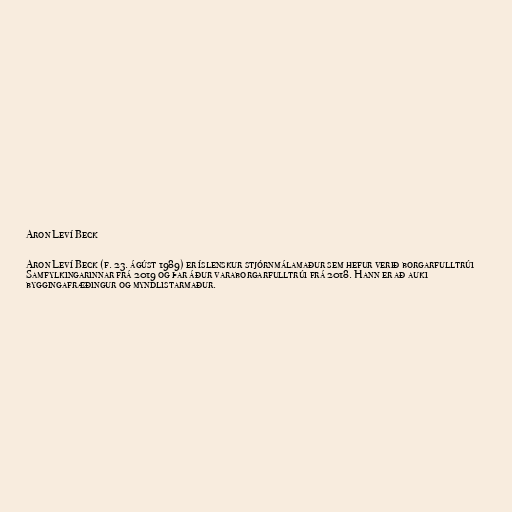
Aron Leví Beck

Aron Leví Beck (f. 23. ágúst 1989) er íslenskur stjórnmálamaður sem hefur verið borgarfulltrúi
Samfylkingarinnar frá 2019 og þar áður varaborgarfulltrúi frá 2018. Hann er að auki
byggingafræðingur og myndlistarmaður.